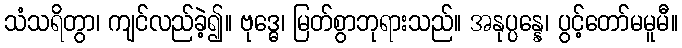
သံသရိတွာ၊ ကျင်လည်ခဲ့၍။ ဗုဒ္ဓေ၊ မြတ်စွာဘုရားသည်။ အနုပ္ပန္နေ၊ ပွင့်တော်မမူမီ။